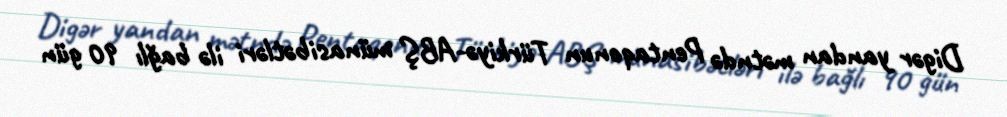
Digər yandan mətndə Pentaqonun Türkiyə-ABŞ münasibətləri ilə bağlı 90 gün